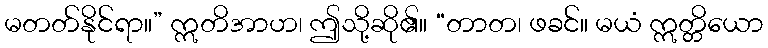
မတတ်နိုင်ရာ။” ဣတိအာဟ၊ ဤသို့ဆို၏။ “တာတ၊ ဖခင်။ မယံ ဣတ္တိယော